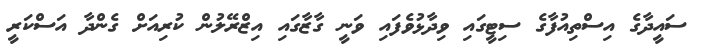
ސައީދާގެ އިސްތިއުފާގެ ސިޓީގައި ވިދާޅުވެފައި ވަނީ ގާޒާގައި އިޒްރޭލުން ކުރިއަށް ގެންދާ އަސްކަރީ